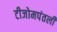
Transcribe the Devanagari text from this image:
टीजोमपंतली